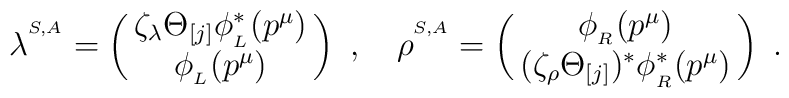
\lambda^{^{S,A}} = \pmatrix{\zeta_\lambda\Theta_{[j]} \phi_{_L}^\ast (p^\mu)\cr \phi_{_L} (p^\mu) \cr}\,\, , \quad\rho^{^{S,A}} = \pmatrix{\phi_{_R}(p^\mu)\cr (\zeta_\rho \Theta_{[j]} )^\ast \phi_{_R}^\ast (p^\mu)\cr}\,\, .